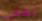
تشفى